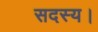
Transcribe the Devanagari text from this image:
सदस्‍य।